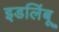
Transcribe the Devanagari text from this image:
इडलिंबू